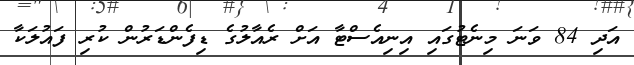
އަދި 84 ވަނަ މިނެޓުގައި އިނިއެސްޓާ އަށް ރެއާލުގެ ޑިފެންޑަރުން ކުރި ފައުލަކާ